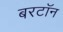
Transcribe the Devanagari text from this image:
बरटॉन